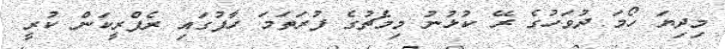
މިދިޔަ ހޯމަ ދުވަހުގެ ރޭ ކުޅުނު މިމެޗުގެ ފުރަތަމަ ހާފުގައި ރެފްރީކަން ކުރީ